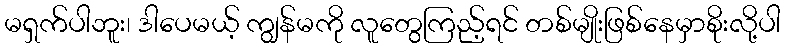
မရှက်ပါဘူး၊ ဒါပေမယ့် ကျွန်မကို လူတွေကြည့်ရင် တစ်မျိုးဖြစ်နေမှာစိုးလို့ပါ